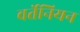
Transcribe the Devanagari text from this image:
वर्तेनियन